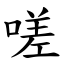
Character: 嗟